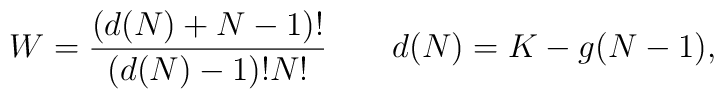
W = \frac{(d(N)+N-1)!}{(d(N)-1)! N!}  \qquad d(N)=K-g(N-1) ,